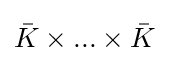
{\bar {K}}\times ...\times {\bar {K}}